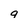
Character: q